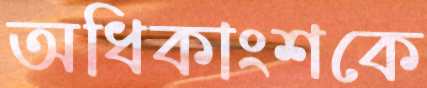
অধিকাংশকে